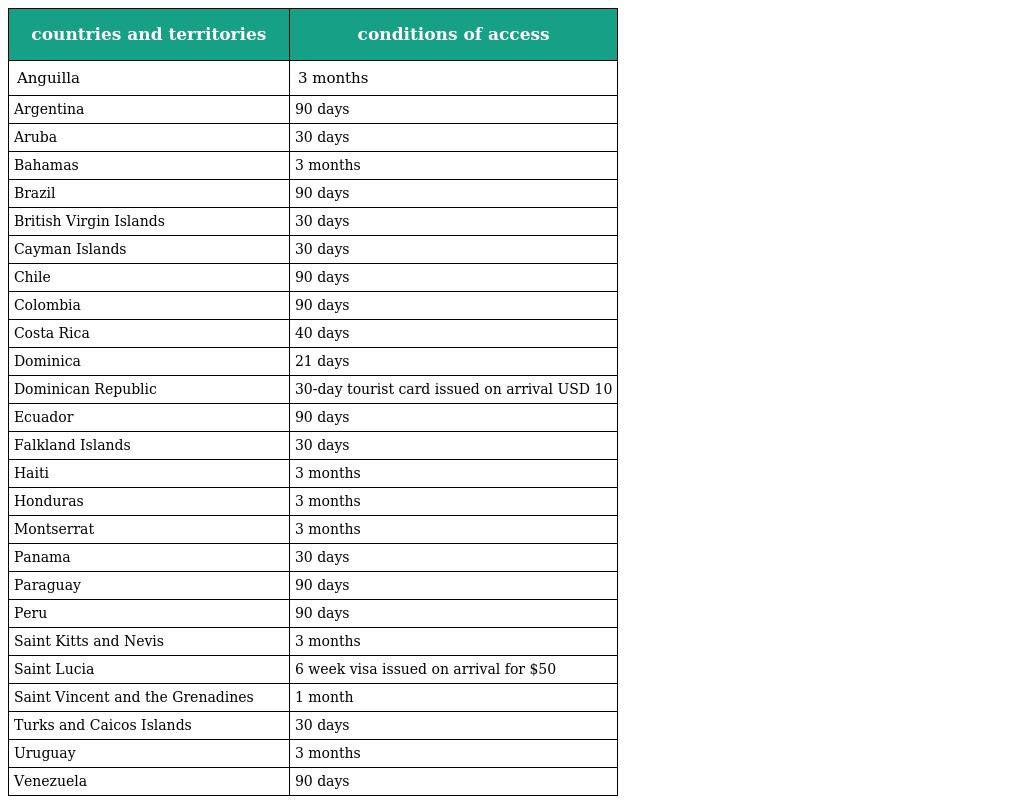
| countries and territories | conditions of access |
 | --- | --- |
 | Anguilla | 3 months |
 | Argentina | 90 days |
 | Aruba | 30 days |
 | Bahamas | 3 months |
 | Brazil | 90 days |
 | British Virgin Islands | 30 days |
 | Cayman Islands | 30 days |
 | Chile | 90 days |
 | Colombia | 90 days |
 | Costa Rica | 40 days |
 | Dominica | 21 days |
 | Dominican Republic | 30-day tourist card issued on arrival USD 10 |
 | Ecuador | 90 days |
 | Falkland Islands | 30 days |
 | Haiti | 3 months |
 | Honduras | 3 months |
 | Montserrat | 3 months |
 | Panama | 30 days |
 | Paraguay | 90 days |
 | Peru | 90 days |
 | Saint Kitts and Nevis | 3 months |
 | Saint Lucia | 6 week visa issued on arrival for $50 |
 | Saint Vincent and the Grenadines | 1 month |
 | Turks and Caicos Islands | 30 days |
 | Uruguay | 3 months |
 | Venezuela | 90 days |